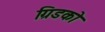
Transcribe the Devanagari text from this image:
ग्रिडको